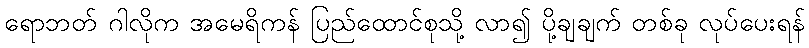
ရောဘတ် ဂါလိုက အမေရိကန် ပြည်ထောင်စုသို့ လာ၍ ပို့ချချက် တစ်ခု လုပ်ပေးရန်